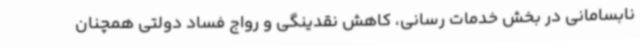
نابسامانی در بخش خدمات رسانی، کاهش نقدینگی و رواج فساد دولتی همچنان